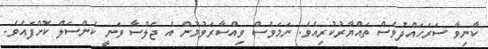
ކާނިވާ ސަރަހައްދުވެސް ތައްޔާރުކުރިއެވެ. ނަމަވެސް ވިއްސާރަވުމުން އެ ޖަލްސާ ވަނީ ކެންސަލް ކޮށްފައެވެ.